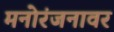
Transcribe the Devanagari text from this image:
मनोरंजनावर